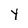
Character: Y